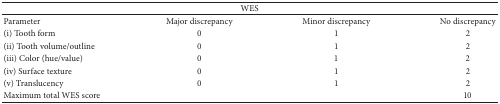
| <COLSPAN=4> WES |
 | --- | --- | --- | --- |
 | Parameter | Major discrepancy | Minor discrepancy | No discrepancy |
 | (i) Tooth form | 0 | 1 | 2 |
 | (ii) Tooth volume/outline | 0 | 1 | 2 |
 | (iii) Color (hue/value) | 0 | 1 | 2 |
 | (iv) Surface texture | 0 | 1 | 2 |
 | (v) Translucency | 0 | 1 | 2 |
 | Maximum total WES score |  |  | 10 |